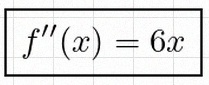
f''(x)=6x